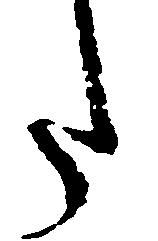
た